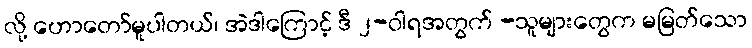
လို့ ဟောတော်မူပါတယ်၊ အဲဒါကြောင့် ဒီ ၂-ဝါရအတွက် -သူများတွေက မမြတ်သော